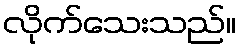
လိုက်သေးသည်။